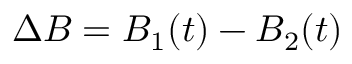
\Delta B = B _ { 1 } ( t ) - B _ { 2 } ( t )